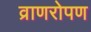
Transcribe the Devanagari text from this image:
व्राणरोपण